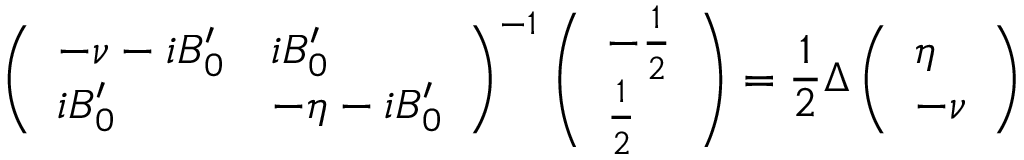
\left( \begin{array} { l l } { - \nu - i B _ { 0 } ^ { \prime } } & { i B _ { 0 } ^ { \prime } } \\ { i B _ { 0 } ^ { \prime } } & { - \eta - i B _ { 0 } ^ { \prime } } \end{array} \right) ^ { - 1 } \left( \begin{array} { l } { - \frac { 1 } { 2 } } \\ { \frac { 1 } { 2 } } \end{array} \right) = \frac { 1 } { 2 } \Delta \left( \begin{array} { l } { \eta } \\ { - \nu } \end{array} \right)